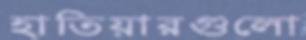
হাতিয়ারগুলো